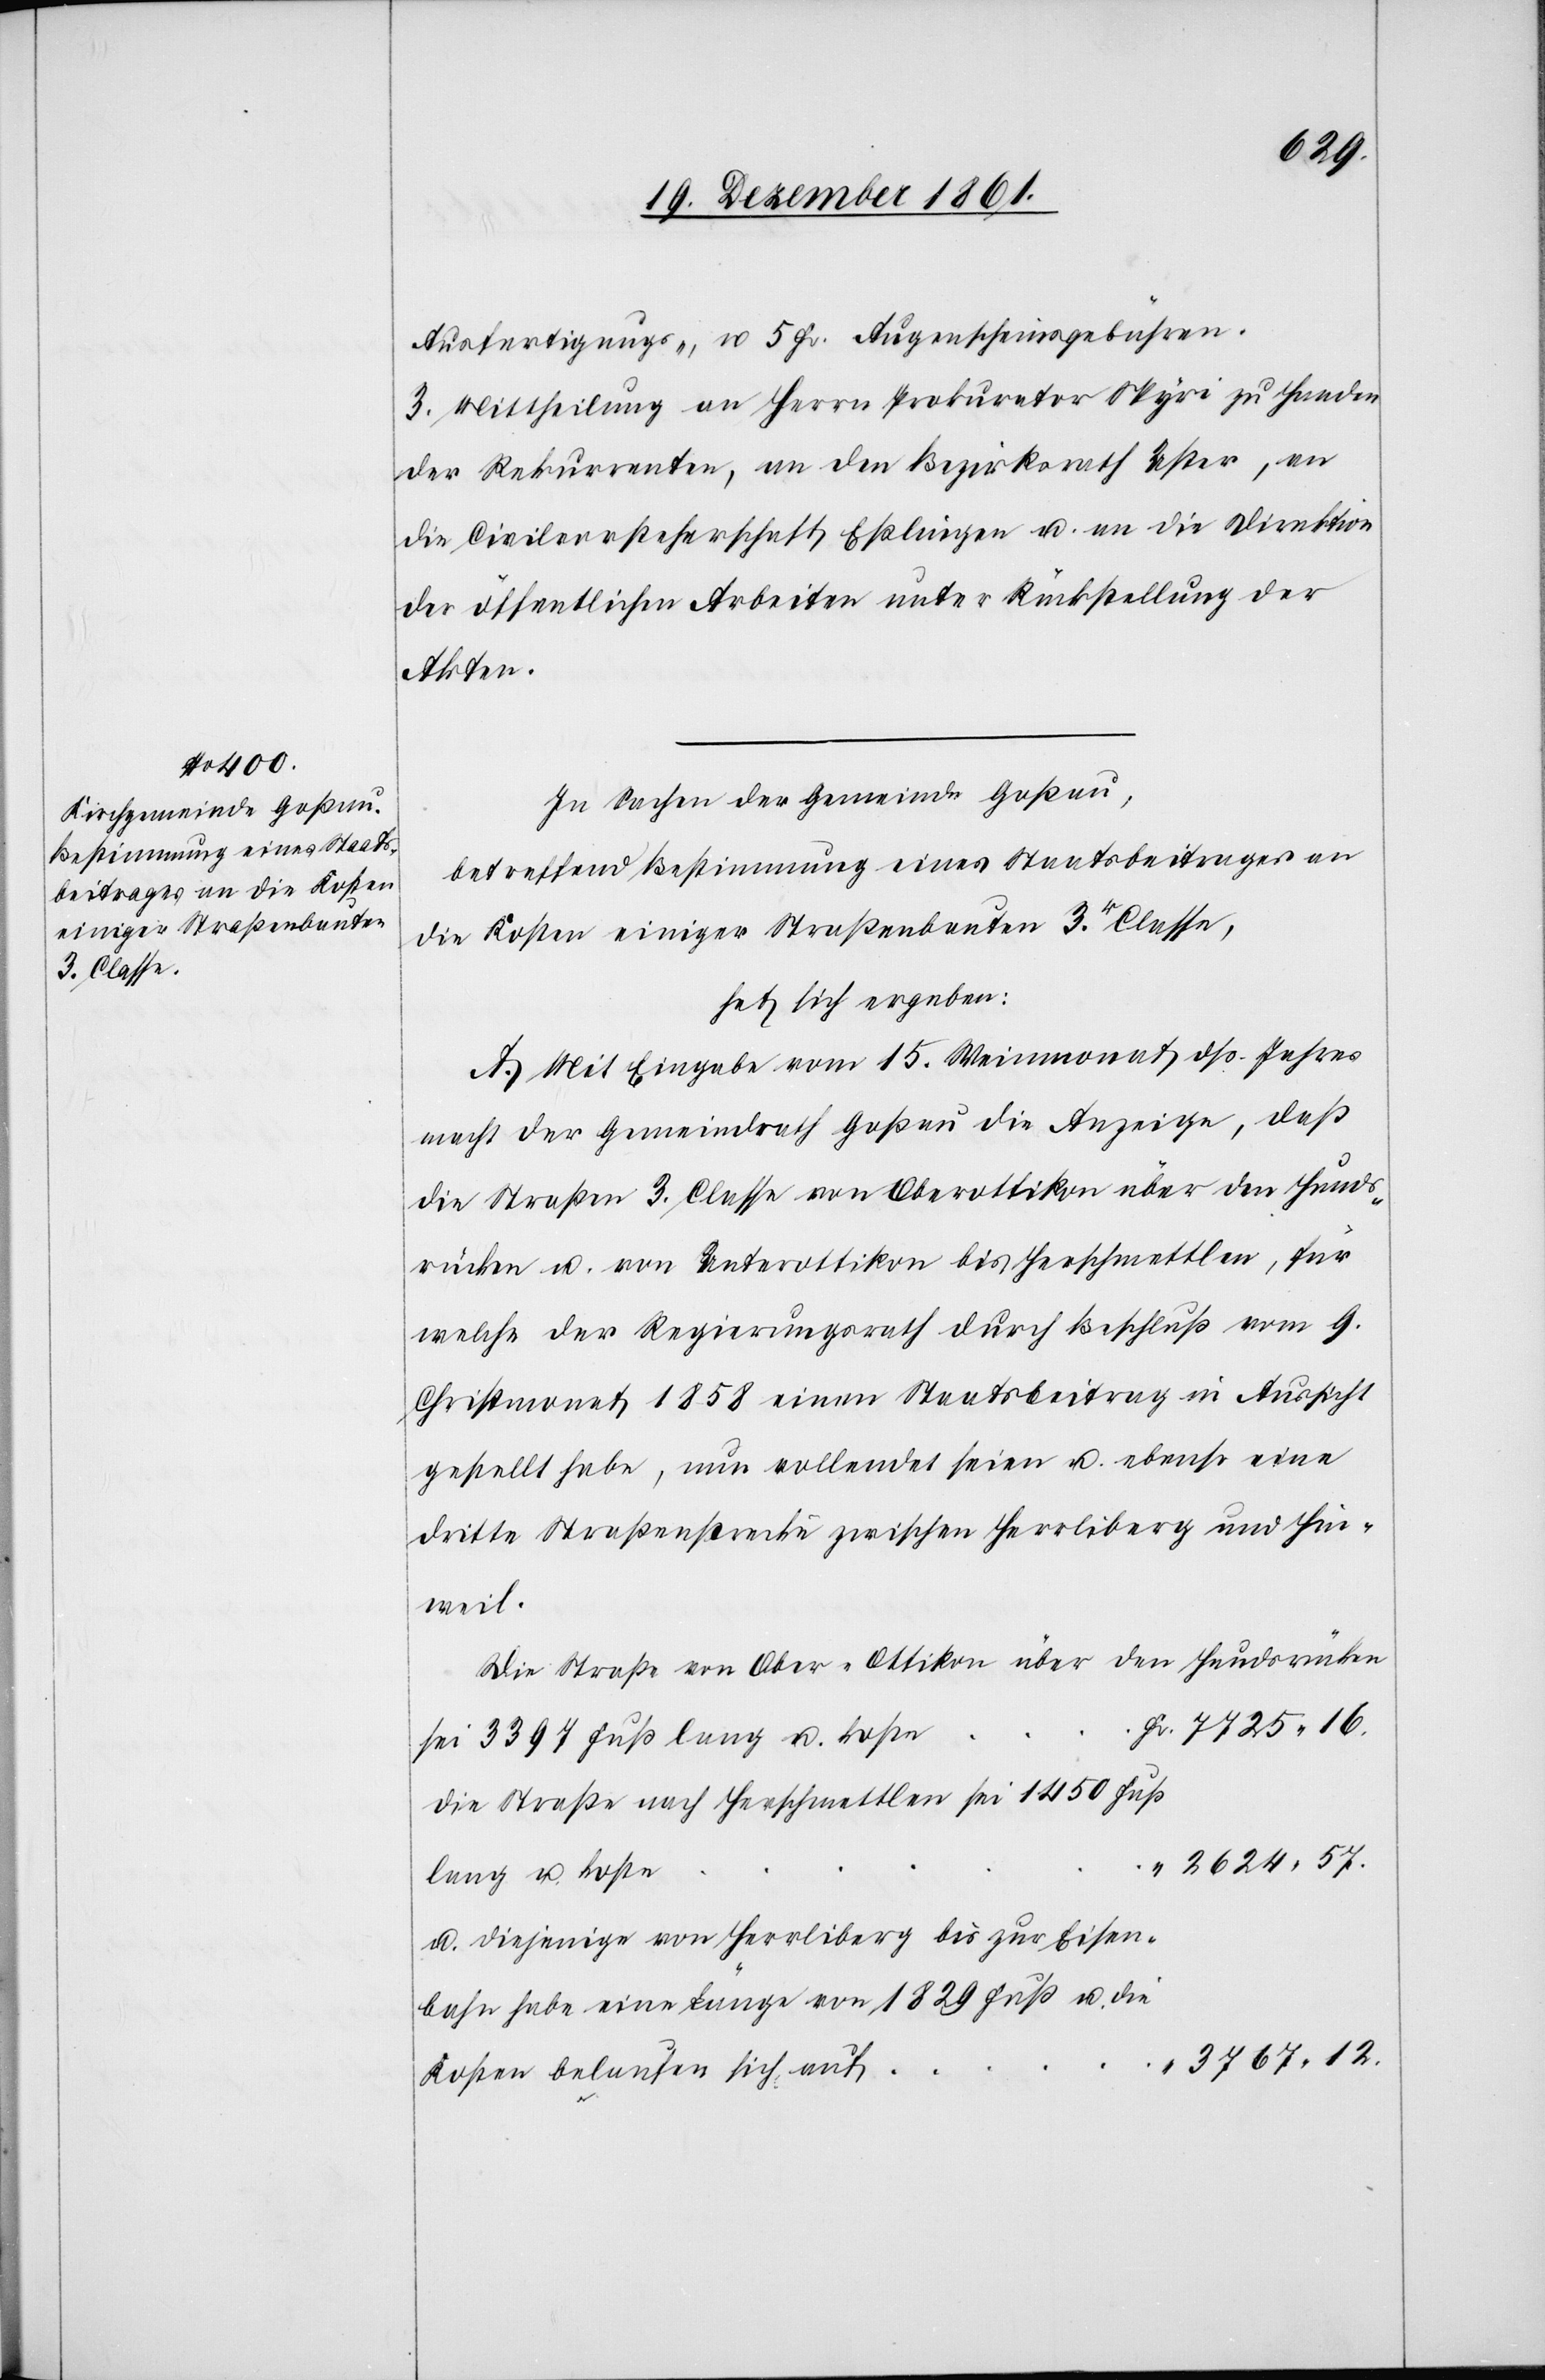
Ausfertigungs-, u. 5 Fr. Augenscheinsgebühren.
3. Mittheilung an Herrn Prokurator Spyri zu Handen
der Rekurrenten, an den Bezirksrath Uster, an
die Civilvorsteherschaft Eßlingen u. an die Direktion
der öffentlichen Arbeiten unter Rückstellung der
Akten.
In Sachen der Gemeinde Goßau,
betreffend Bestimmung eines Staatsbeitrages an
die Kosten einiger Straßenbauten 3r Classe,
hat sich ergeben:
A. Mit Eingabe vom 15 Weinmonat dß. Js.
macht der Gemeindrath Goßau die Anzeige, daß
die Straßen 3 Classe von Oberottikon über den Hunds¬
rücken u. von Unterottikon bis Herschmettlen, für
welche der Regierungsrath durch Beschluß vom 9
Christmonat 1858 einen Staatsbeitrag in Aussicht
gestellt habe, nun vollendet seien u. ebenso eine
dritte Straßenstrecke zwischen Herrliberg und Hin¬
weil.
Die Straße von Ober-Ottikon über den Hundsrücken
e	Fr. 7725.16
sei 3397 Fuß lang u. kost¬
die Straße nach Herschmettlen sei 1450 Fuß
lang u. koste		“
u. diejenige von Herrliberg bis zur Eisen¬
bahn habe eine Länge von 1829 Fuß
Kosten belaufen sich